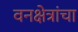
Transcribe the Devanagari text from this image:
वनक्षेत्रांचा